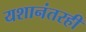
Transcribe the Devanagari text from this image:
यशानंतरही